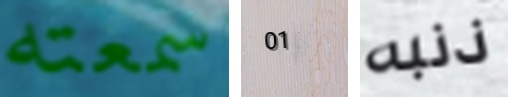
سمعته 01 ذنبه